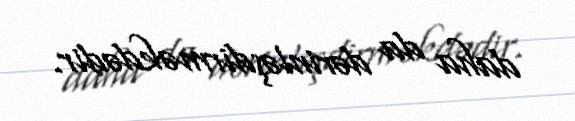
daha da dərinləşdirməkdədir.